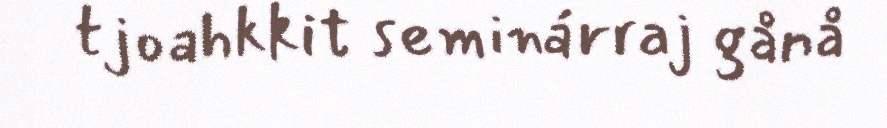
tjoahkkit seminárraj gånå